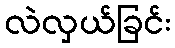
လဲလှယ်ခြင်း